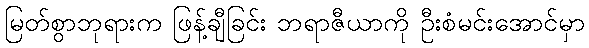
မြတ်စွာဘုရားက ဖြန့်ချီခြင်း ဘရာဇီယာကို ဦးစံမင်းအောင်မှာ